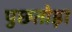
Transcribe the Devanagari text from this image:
पुछतोड़ा